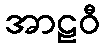
အာဠဝီ